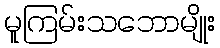
မူကြမ်းသဘောမျိုး